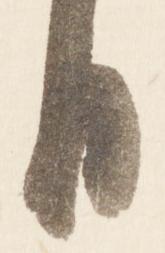
日